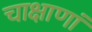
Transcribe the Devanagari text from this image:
चाक्षाणां